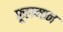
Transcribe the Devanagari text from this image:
फूलमान